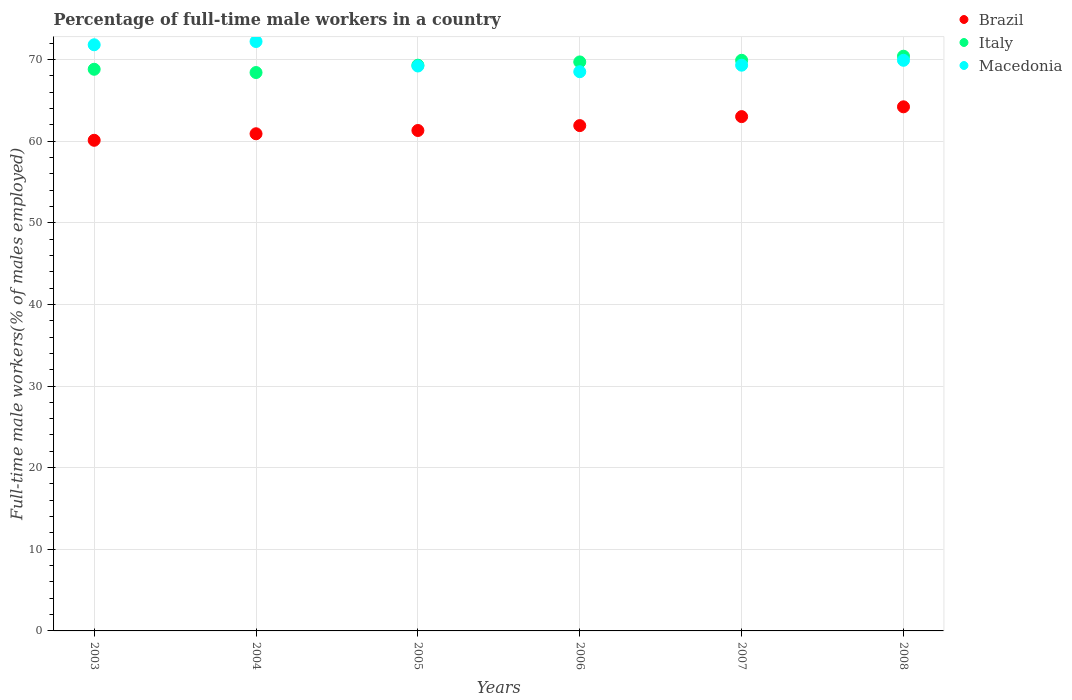
| Years | Brazil | Italy | Macedonia |
 | --- | --- | --- | --- |
 | 2003 | 60.1 | 68.8 | 71.8 |
 | 2004 | 60.9 | 68.4 | 72.2 |
 | 2005 | 61.3 | 69.3 | 69.2 |
 | 2006 | 61.9 | 69.7 | 68.5 |
 | 2007 | 63 | 69.9 | 69.3 |
 | 2008 | 64.2 | 70.4 | 69.9 |